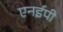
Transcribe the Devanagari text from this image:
एनईपी